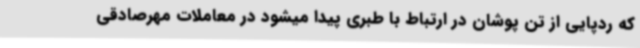
که ردپایی از تن پوشان در ارتباط با طبری پیدا میشود در معاملات مهرصادقی